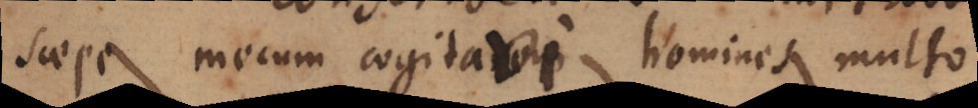
Saepe mecum cogitavi, homines multo